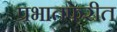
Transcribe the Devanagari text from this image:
प्रभातफेरीत